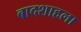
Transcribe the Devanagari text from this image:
बादशाहला